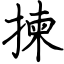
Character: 揀